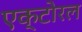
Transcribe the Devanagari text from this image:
एक्टोरल